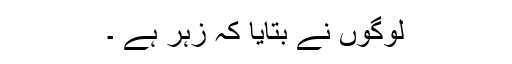
لوگوں نے بتایا کہ زہر ہے ۔